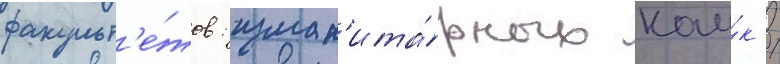
факульт'е́тов: гуман'ита́рных нау́к /